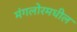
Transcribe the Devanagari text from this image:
मंगलोरमधील